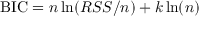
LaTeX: \mathrm { B I C } = n \ln ( R S S / n ) + k \ln ( n )